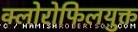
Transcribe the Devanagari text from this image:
क्लोरोफिलयुक्त